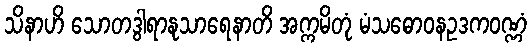
သိနာဟိ သောတဒွါရာနုသာရေနာတိ အက္ကမိတုံ မံသဓောဝနဥဒကဝဏ္ဏံ